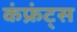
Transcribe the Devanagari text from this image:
कंफ्रंट्स